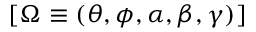
[ \Omega \equiv ( \theta , \phi , \alpha , \beta , \gamma ) ]